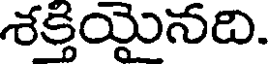
శక్తియైనది.